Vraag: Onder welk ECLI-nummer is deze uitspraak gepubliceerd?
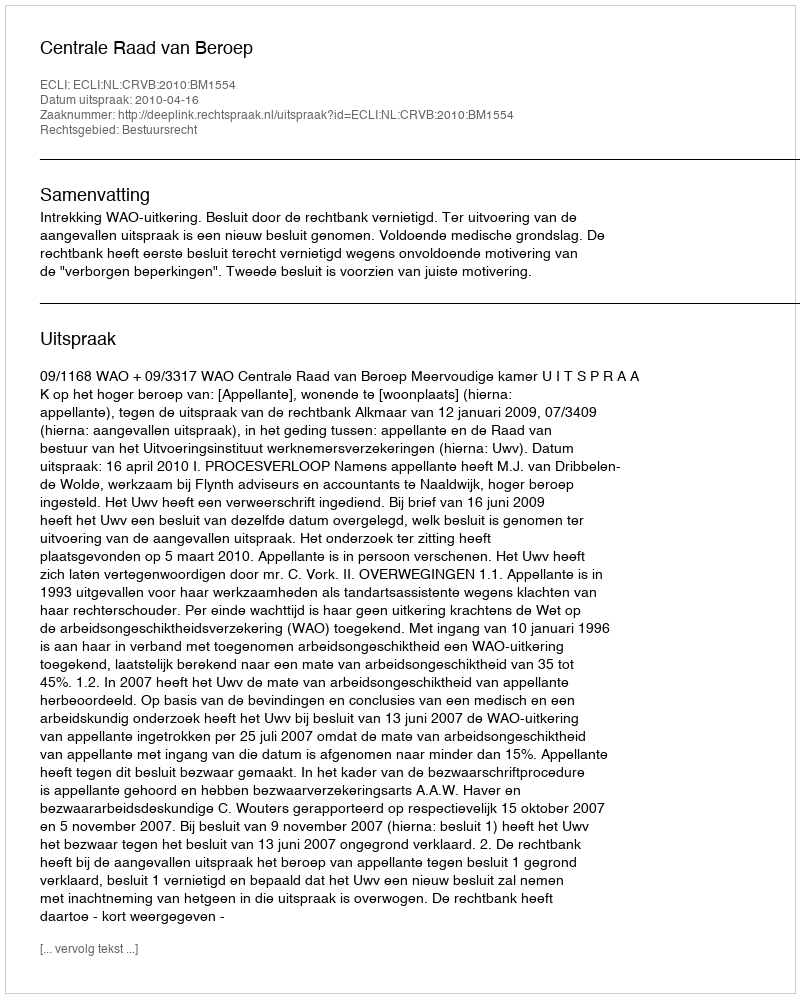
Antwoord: ECLI:NL:CRVB:2010:BM1554